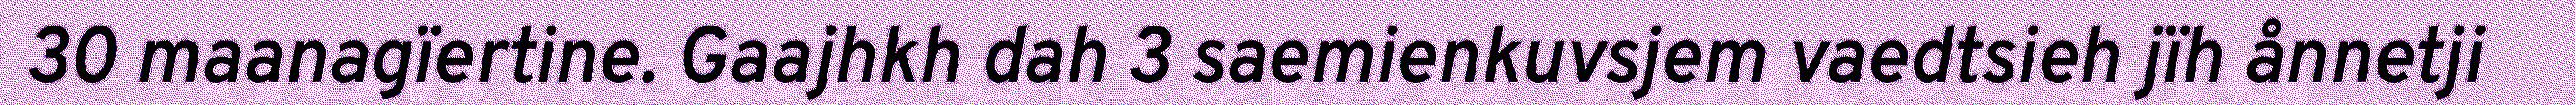
30 maanagïertine. Gaajhkh dah 3 saemienkuvsjem vaedtsieh jïh ånnetji